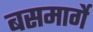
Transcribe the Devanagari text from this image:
बसमार्गे